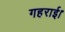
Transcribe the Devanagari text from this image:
गहराई।